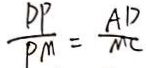
\frac { D P } { P M } = \frac { A D } { M C }